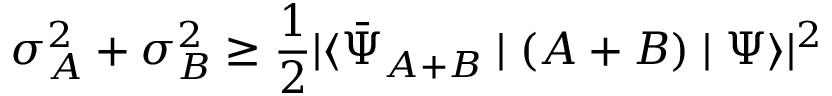
\sigma _ { A } ^ { 2 } + \sigma _ { B } ^ { 2 } \geq { \frac { 1 } { 2 } } | \langle { \bar { \Psi } } _ { A + B } \mid ( A + B ) \mid \Psi \rangle | ^ { 2 }